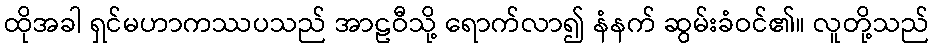
ထိုအခါ ရှင်မဟာကဿပသည် အာဠဝီသို့ ရောက်လာ၍ နံနက် ဆွမ်းခံဝင်၏။ လူတို့သည်